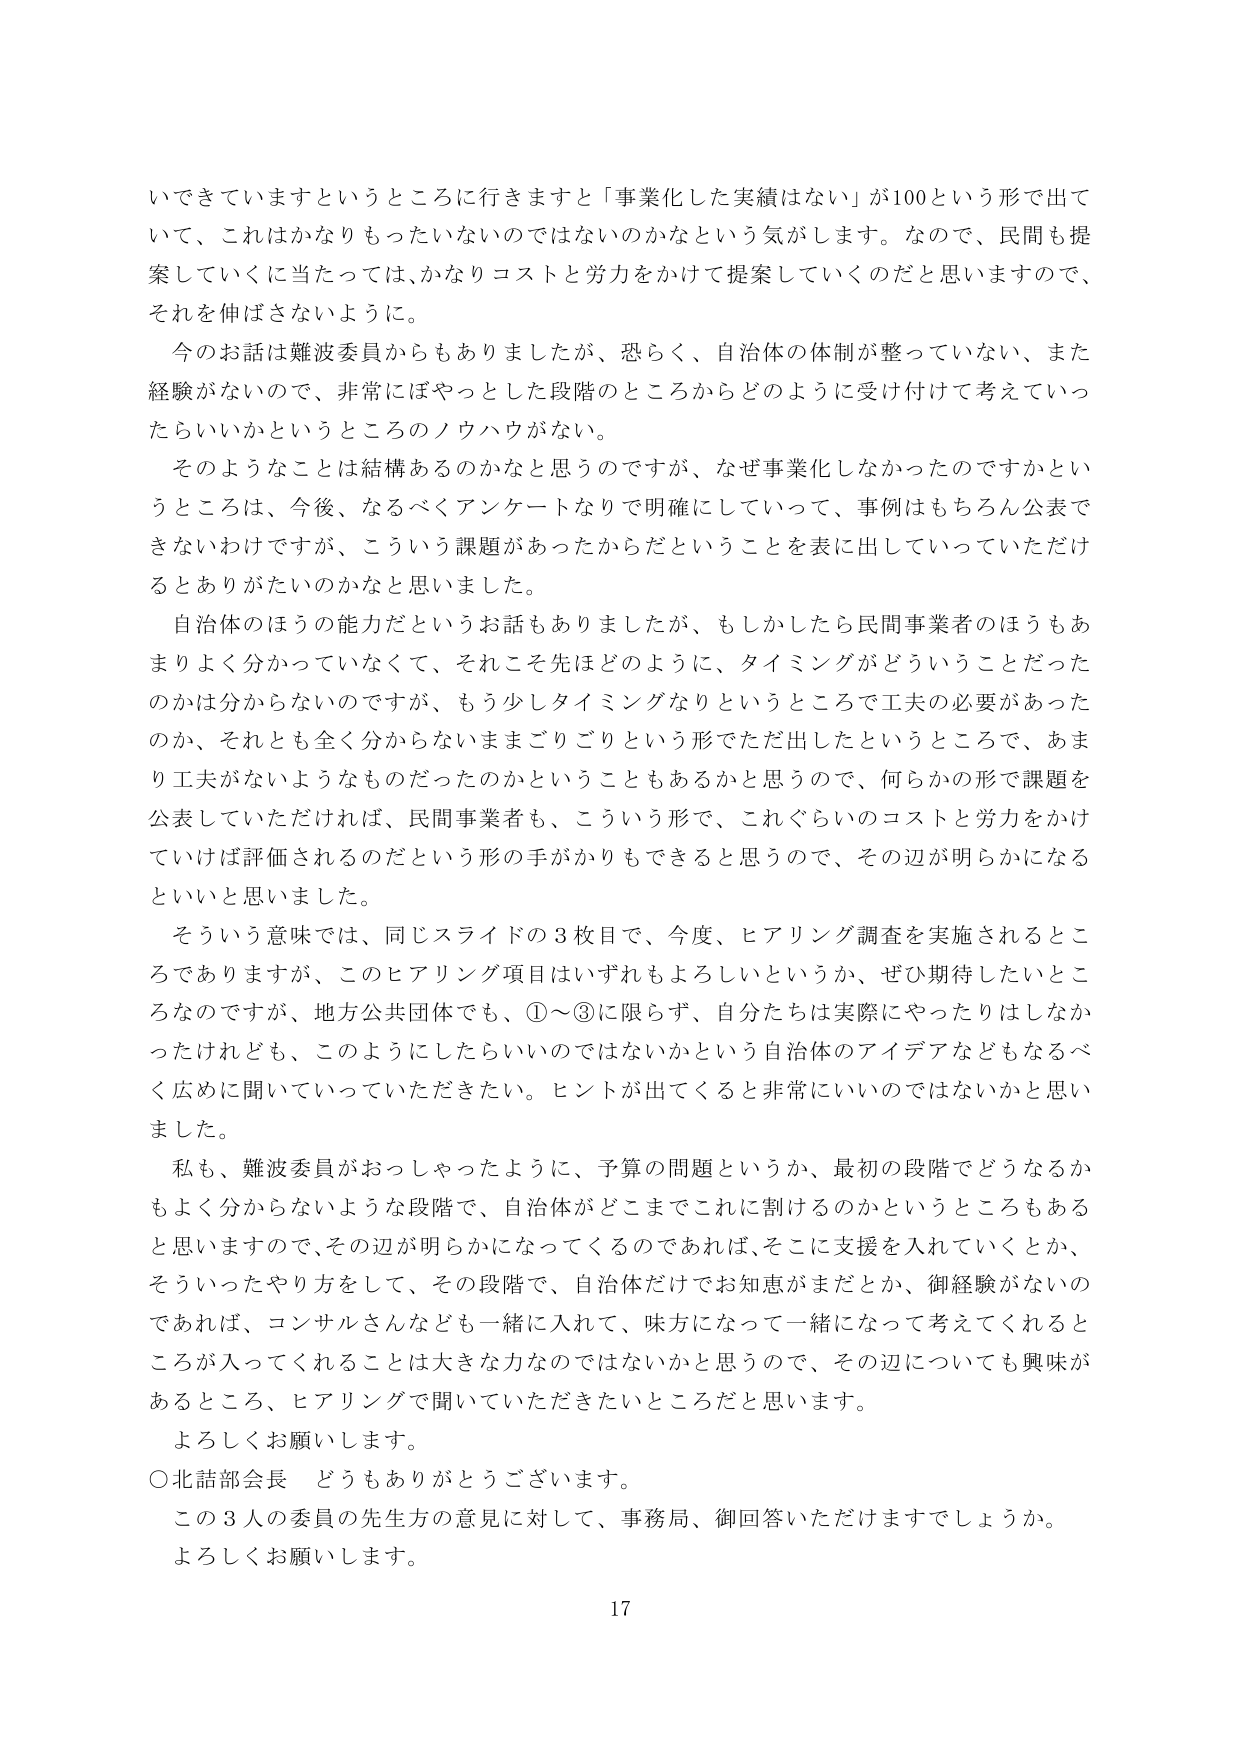
いできていますというところに行きますと「事業化した実績はない」が100という形で出て
いて、これはかなりもったいないのではないのかなという気がします。なので、民間も提
案していくに当たっては、かなりコストと労力をかけて提案していくのだと思いますので、
それを伸ばさないように。
　今のお話は難波委員からもありましたが、恐らく、自治体の体制が整っていない、また
経験がないので、非常にぼやっとした段階のところからどのように受け付けて考えていっ
たらいいかというところのノウハウがない。
　そのようなことは結構あるのかなと思うのですが、なぜ事業化しなかったのですかとい
うところは、今後、なるべくアンケートなりで明確にしていって、事例はもちろん公表で
きないわけですが、こういう課題があったからだということを表に出していっていただけ
るとありがたいのかなと思いました。
　自治体のほうの能力だというお話もありましたが、もしかしたら民間事業者のほうもあ
まりよく分かっていなくて、それこそ先ほどのように、タイミングがどういうことだった
のかは分からないのですが、もう少しタイミングなりというところで工夫の必要があった
のか、それとも全く分からないままごりごりという形でただ出したというところで、あま
り工夫がないようなものだったのかということもあるかと思うので、何らかの形で課題を
公表していただければ、民間事業者も、こういう形で、これぐらいのコストと労力をかけ
ていけば評価されるのだという形の手がかりもできると思うので、その辺が明らかになる
といいと思いました。
　そういう意味では、同じスライドの3枚目で、今度、ヒアリング調査を実施されるところ
でありますますが、このヒアリング項目はいずれもよろしいというか、ぜひ期待したいとこ
ろなのですが、地方公共団体でも、①～③に限らず、自分たちは実際にやったりはしなか
ったけれども、このようにしたらいいいのではないかという自治体のアイデアなどもなるべ
く広めに聞いていっていただきたい。ヒントが出てくると非常にいいのではないかと思い
ました。
　私も、難波委員がおっしゃったように、予算の問題というか、最初の段階でどうなるか
もよく分からないような段階で、自治体がどこまでこれに割けるのかというところもある
と思いますので、その辺が明らかになってくるのであれば、そこに支援を入れていくとか、
そういったやり方をして、その段階で、自治体だけでお知恵がまだとか、御経験がないの
であれば、コンサルさんなども一緒に入れて、味方になって一緒になって考えてくれると
ころが入ってくれることは大きな力なのではないかと思うので、その辺についても興味が
あるところ、ヒアリングで聞いていただきたいところだと思います。
　よろしくお願いします。
○北話部会長　どうもありがとうございます。
　この3人の委員の先生方の意見に対して、事務局、御回答いただけますでしょうか。
　よろしくお願いします。
17